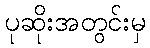
ပုဆိုးအတွင်းမှ